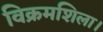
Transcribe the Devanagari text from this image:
विक्रमशिला।